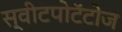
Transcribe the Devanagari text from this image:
स्वीटपोटॅटोज